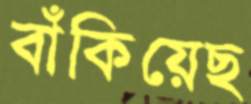
বাঁকিয়েছ